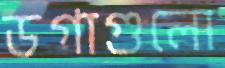
ডগাগুলো